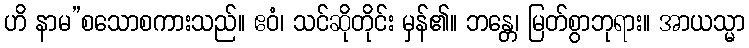
ဟိ နာမ”စသောစကားသည်။ ဧဝံ၊ သင်ဆိုတိုင်း မှန်၏။ ဘန္တေ၊ မြတ်စွာဘုရား။ အာယသ္မာ